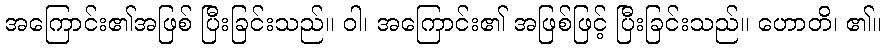
အကြောင်း၏အဖြစ် ပြီးခြင်းသည်။ ဝါ၊ အကြောင်း၏ အဖြစ်ဖြင့် ပြီးခြင်းသည်။ ဟောတိ၊ ၏။